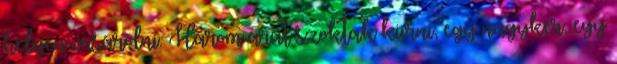
helyen vásárolni. Három árat szoktak kiírni, egy nagyker, egy